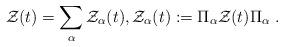
LaTeX: \begin{align*}{\cal Z}(t) = \sum_{\alpha} {\cal Z}_\alpha(t), {\cal Z}_\alpha(t) := \Pi_\alpha {\cal Z}(t) \Pi_\alpha\ . \end{align*}